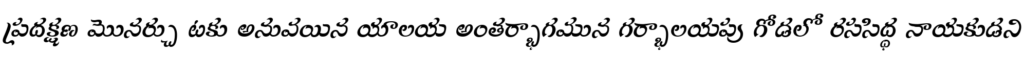
ప్రదక్షణ మొనర్చు టకు అనువయిన యాలయ అంతర్భాగమున గర్భాలయపు గోడలో రససిద్ధ నాయకుడని